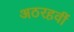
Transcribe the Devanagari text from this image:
अठरहवीं